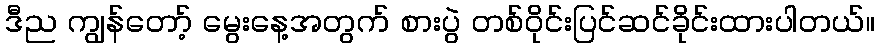
ဒီည ကျွန်တော့် မွေးနေ့အတွက် စားပွဲ တစ်ဝိုင်းပြင်ဆင်ခိုင်းထားပါတယ်။